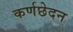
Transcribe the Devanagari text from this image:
कर्णछेदन